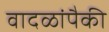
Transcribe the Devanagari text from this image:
वादळांपैकी